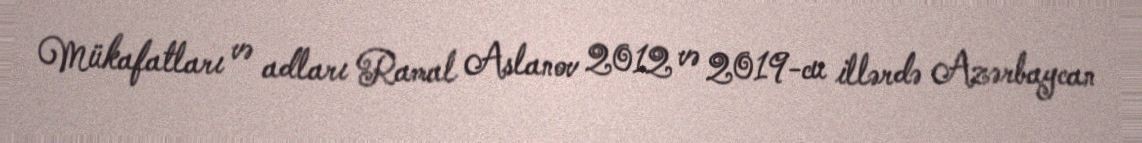
Mükafatları və adları Ramal Aslanov 2012 və 2019-cu illərdə Azərbaycan